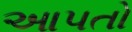
આપતો